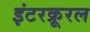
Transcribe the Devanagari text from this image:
इंटरक्रूरल